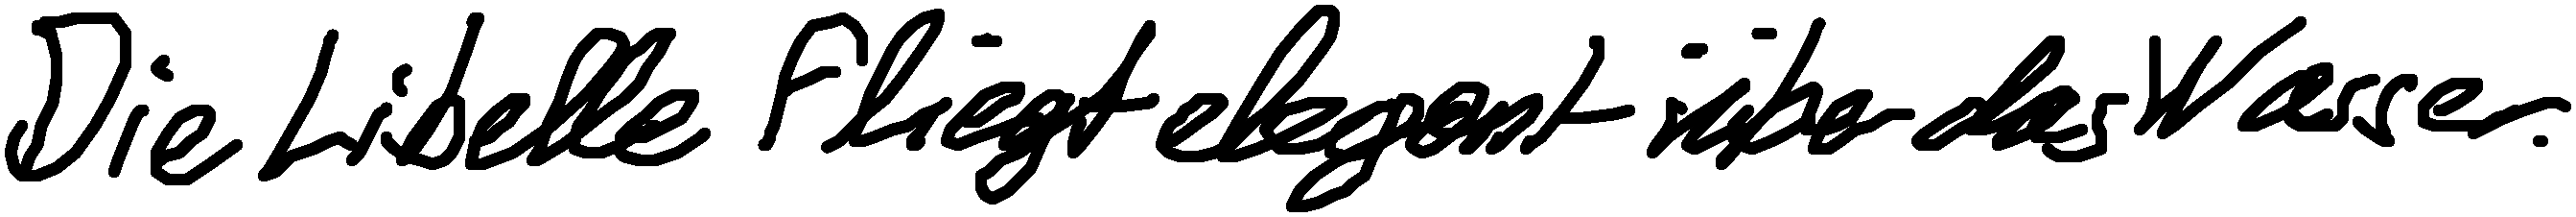
Die Libelle fliegt elegant über das Wasser.